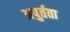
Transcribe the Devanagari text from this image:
अपुर्तता